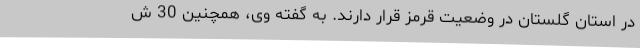
در استان گلستان در وضعیت قرمز قرار دارند. به گفته وی، همچنین 30 ش